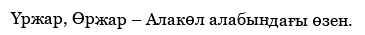
Үржар, Өржар – Алакөл алабындағы өзен.